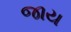
જાય